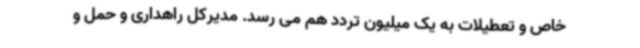
خاص و تعطیلات به یک میلیون تردد هم می رسد. مدیرکل راهداری و حمل و